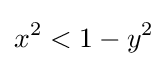
x^{2}<1-y^{2}